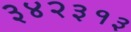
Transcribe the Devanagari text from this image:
३४२३१३